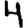
Digit: 4